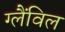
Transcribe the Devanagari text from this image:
ग्लैंविल